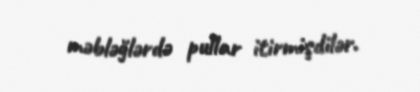
məbləğlərdə pullar itirmişdilər.